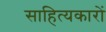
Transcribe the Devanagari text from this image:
साहित्‍यकारों